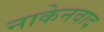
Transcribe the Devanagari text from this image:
नाकेनवाद